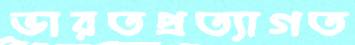
ভারতপ্রত্যাগত